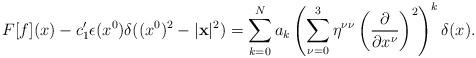
LaTeX: \begin{align*}F[f](x) - c_{1}^{\prime } \epsilon (x^{0}) \delta ((x^{0})^{2} - |{\bf x}|^{2}) =\sum_{k = 0}^{N} a_{k} \left( \sum_{\nu = 0}^{3} \eta^{\nu \nu }\left( \frac{\partial }{\partial x^{\nu }}\right)^{2} \right)^{k}\delta (x).\end{align*}